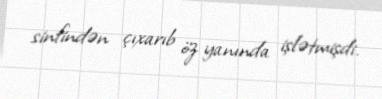
sinfindən çıxarıb öz yanında işlətmişdi.